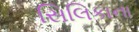
સિલિકાના